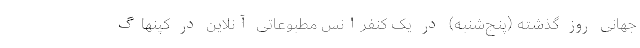
جهانی روز گذشته (پنج‌شنبه) در یک کنفرانس مطبوعاتی آنلاین در کپنهاگ